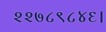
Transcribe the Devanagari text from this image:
२२७८९८४६।